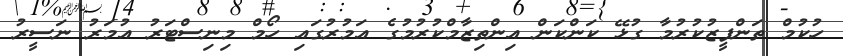
ހުކުމް ތަންފީޒުކުރުމާ ގުޅޭ ކަންކަން އިންތިޒާމްކުރުމުގެ އަމުރުގައި ހޯމް މިނިސްޓަރު އުމަރު ނަސީރު